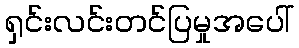
ရှင်းလင်းတင်ပြမှုအပေါ်